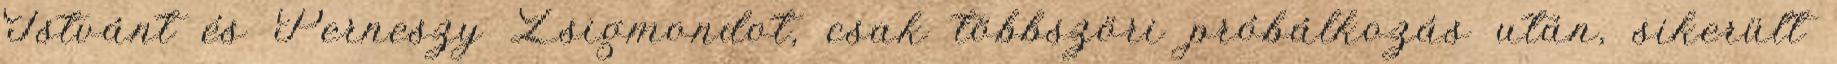
Istvánt és Perneszy Zsigmondot, csak többszöri próbálkozás után, sikerült